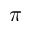
\pi